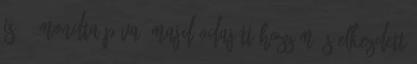
is. – mondta Páva, majd odajött hozzám és elkezdett